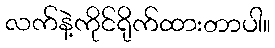
လက်နဲ့ကိုင်ရိုက်ထားတာပါ။